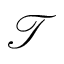
\mathcal { T }